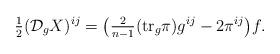
LaTeX: \begin{align*}\tfrac{1}{2} ( \mathcal{D}_g X)^{ij}&=\big(\tfrac{2}{n-1} (\mbox{tr}_g \pi ) g^{ij}- 2 \pi^{ij} \big) f .\end{align*}